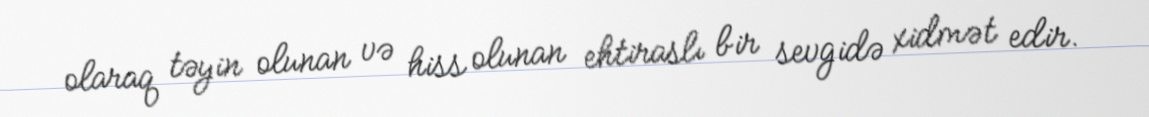
olaraq təyin olunan və hiss olunan ehtiraslı bir sevgidə xidmət edir.